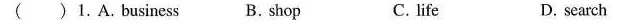
( ) 1. A. Business B. Shop C. life D. search